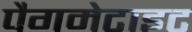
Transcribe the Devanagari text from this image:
पैगमेटाइट